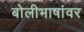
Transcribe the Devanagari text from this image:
बोलीभाषांवर